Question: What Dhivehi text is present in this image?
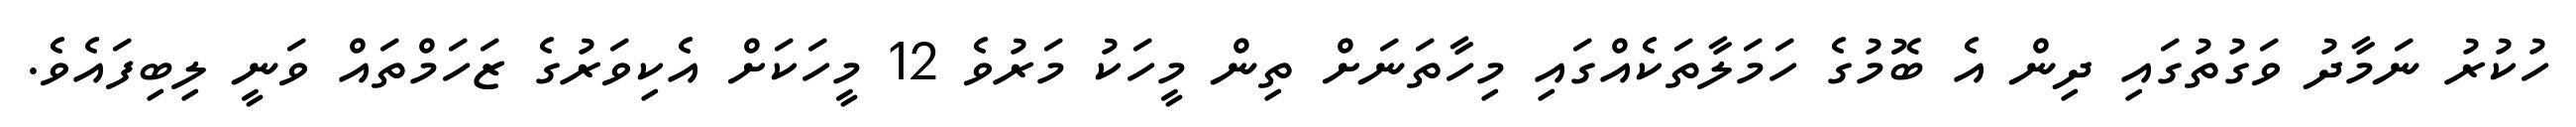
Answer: ހުކުރު ނަމާދު ވަގުތުގައި ދިން އެ ބޮމުގެ ހަމަލާތަކެއްގައި މިހާތަނަށް ތިން މީހަކު މަރުވެ 12 މީހަކަށް އެކިވަރުގެ ޒަހަމްތައް ވަނީ ލިބިފައެވެ.